Civil Veterinary Dept. North-West Frontier Province 1923-32 - 1923-1932
Year: 1923
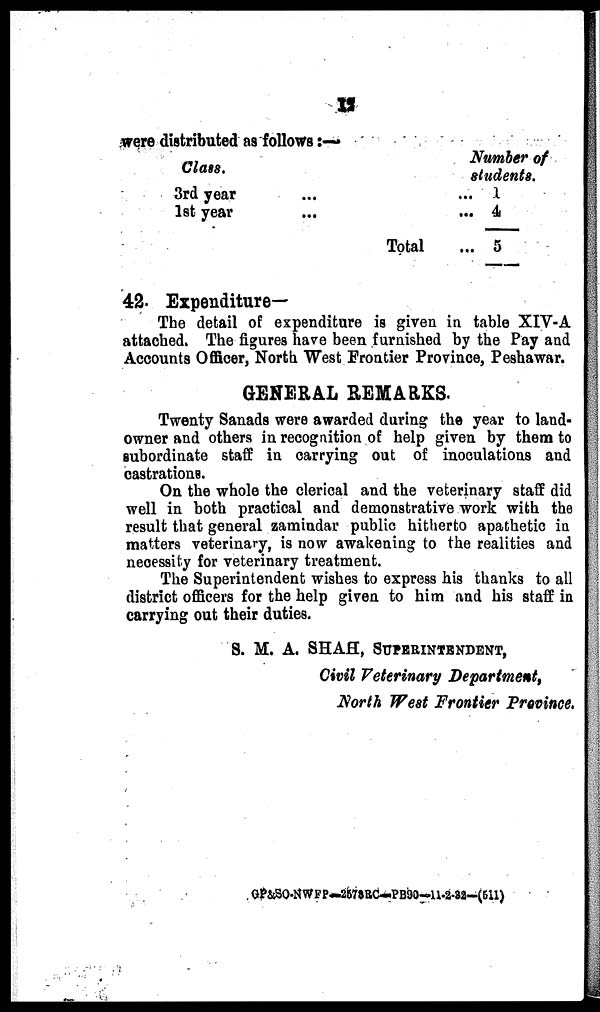
12
were distributed as follows:—
Class.
3rd year
1st year
...
...
Total
Number of
students.
... 1
... 4
... 5
42. Expenditure—
The detail of expenditure is given in table XIV-A
attached. The figures have been furnished by the Pay and
Accounts Officer, North West Frontier Province, Peshawar.
GENERAL REMARKS.
Twenty Sanads were awarded during the year to land-
owner and others in recognition of help given by them to
subordinate staff in carrying out of inoculations and
castrations.
On the whole the clerical and the veterinary staff did
well in both practical and demonstrative work with the
result that general zamindar public hitherto apathetic in
matters veterinary, is now awakening to the realities and
necessity for veterinary treatment.
The Superintendent wishes to express his thanks to all
district officers for the help given to him and his staff in
carrying out their duties.
S. M. A. SHAH, SUPERINTENDENT,
Civil Veterinary Department,
North West Frontier Province.
GP&SO-NWFP-2578RC-PB90—11-2-32-(511)